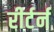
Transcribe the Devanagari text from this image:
रीर्टर्न